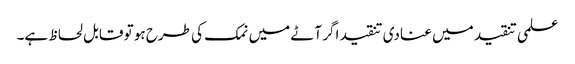
علمی تنقید میں عنادی تنقید اگر آٹے میں نمک کی طرح ہو تو قابل لحاظ ہے۔